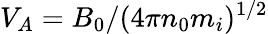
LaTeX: V_{A}=B_{0}/(4\pi n_{0}m_{i})^{1/2}